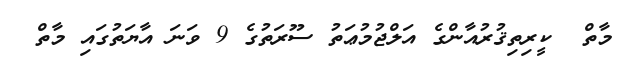
މާތް  ކީރިތިޤުރުއާންގެ އަލްޖުމުޢަތު ސޫރަތުގެ 9 ވަނަ އާޔަތުގައި މާތް